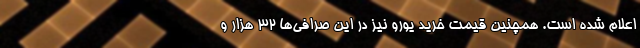
اعلام شده است. همچنین قیمت خرید یورو نیز در این صرافی‌ها ۳۲ هزار و